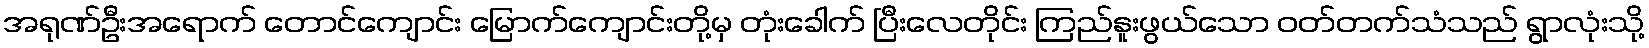
အရုဏ်ဦးအရောက် တောင်ကျောင်း မြောက်ကျောင်းတို့မှ တုံးခေါက် ပြီးလေတိုင်း ကြည်နူးဖွယ်သော ဝတ်တက်သံသည် ရွာလုံးသို့